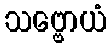
သဗ္ဗောယံ